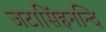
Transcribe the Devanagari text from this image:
जटासिंहनन्दि